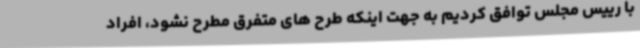
با رییس مجلس توافق کردیم به جهت اینکه طرح های متفرق مطرح نشود، افراد